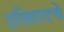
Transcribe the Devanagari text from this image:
इतिहादचे